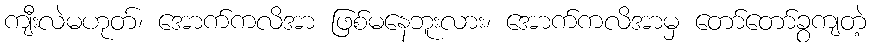
ကျီးလဲမဟုတ်၊ အောက်ကလိအာ ဖြစ်မနေဘူးလား၊ အောက်ကလိအာမှ တော်တော်ခွကျတဲ့